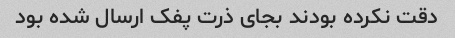
دقت نکرده بودند بجای ذرت پفک ارسال شده بود